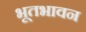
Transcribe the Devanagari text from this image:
भूतभावन